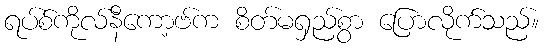
ရပ်စ်ကိုလ်နီကော့ဗ်က စိတ်မရှည်စွာ ပြောလိုက်သည်။